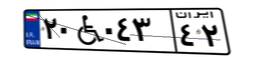
۲۶W۹۱۹۹۷